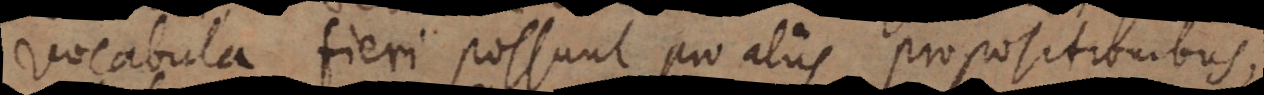
vocabula fieri possunt pro aliis propositionibus,